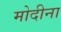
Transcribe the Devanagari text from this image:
मोदीना